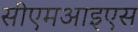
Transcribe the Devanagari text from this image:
सीएमआइएस